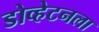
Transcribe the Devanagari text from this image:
डोव्हेटनला